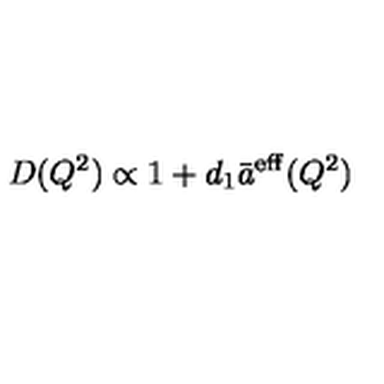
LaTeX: D ( Q ^ { 2 } ) \propto 1 + d _ { 1 } \bar { a } ^ { \mathrm { e f f } } ( Q ^ { 2 } )